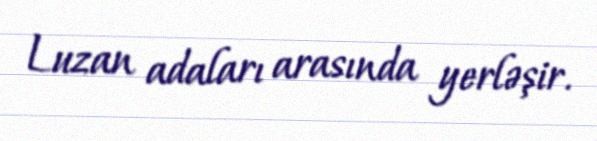
Luzan adaları arasında yerləşir.